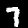
Label: 7